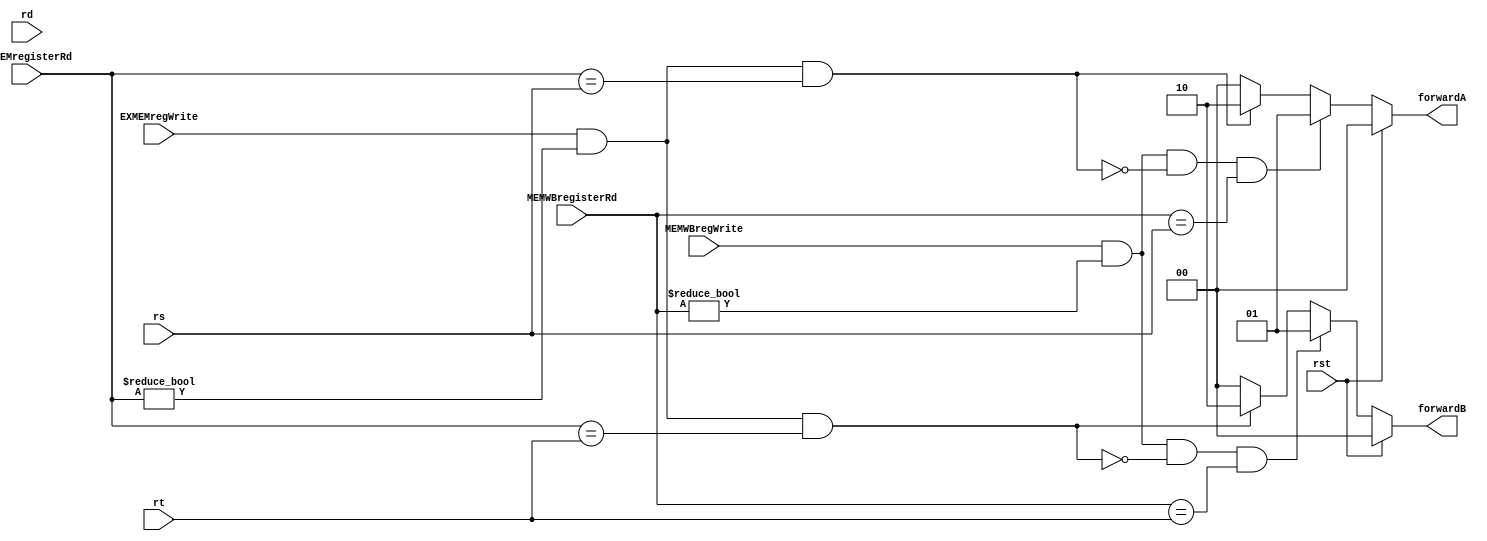
module SwapUnit(rs,rt,rd,EXMEMregWrite,EXMEMregisterRd,MEMWBregisterRd,MEMWBregWrite,forwardA,forwardB,rst);
	input[4:0] rs,rt,rd,EXMEMregisterRd,MEMWBregisterRd;
	input EXMEMregWrite,MEMWBregWrite;
	output[1:0] forwardB,forwardA;
	reg[1:0] forwardA,forwardB;
	input rst;

	always @(rs or rt or rd or EXMEMregWrite or EXMEMregisterRd or MEMWBregisterRd or MEMWBregWrite or forwardA or forwardB or rst) begin
		if (rst) begin
			// reset
			forwardA<=0;
			forwardB<=0;
		end
		else begin
			if(MEMWBregWrite && (MEMWBregisterRd!=0) && !((EXMEMregWrite && (EXMEMregisterRd!=0)) && (EXMEMregisterRd==rs)) && (MEMWBregisterRd==rs))forwardA<=2'b01;
			else if(EXMEMregWrite && (EXMEMregisterRd!=0) && (EXMEMregisterRd==rs)) forwardA<=2'b10;
			else forwardA<=0;
			if(MEMWBregWrite && (MEMWBregisterRd!=0) && !((EXMEMregWrite && (EXMEMregisterRd!=0)) && (EXMEMregisterRd==rt)) && (MEMWBregisterRd==rt))forwardB<=2'b01;
			else if(EXMEMregWrite && (EXMEMregisterRd!=0) && (EXMEMregisterRd==rt)) forwardB<=2'b10;
			else forwardB<=0;

		end
	end


endmodule